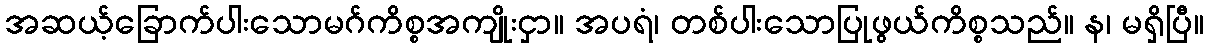
အဆယ့်ခြောက်ပါးသောမဂ်ကိစ္စအကျိုးငှာ။ အပရံ၊ တစ်ပါးသောပြုဖွယ်ကိစ္စသည်။ န၊ မရှိပြီ။